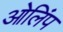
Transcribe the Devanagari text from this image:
ओलिंप